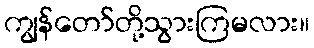
ကျွန်တော်တို့သွားကြမလား။